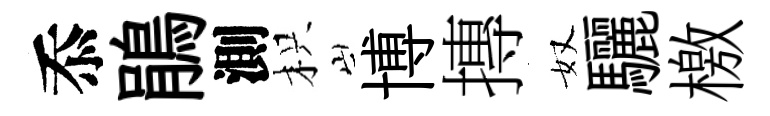
忝鵑測枳博摶奴驪檄